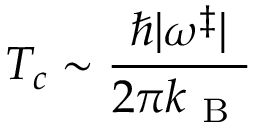
T _ { c } \sim \frac { \hbar | \omega ^ { \ddagger } | } { 2 \pi k _ { \mathrm { ~ B ~ } } }